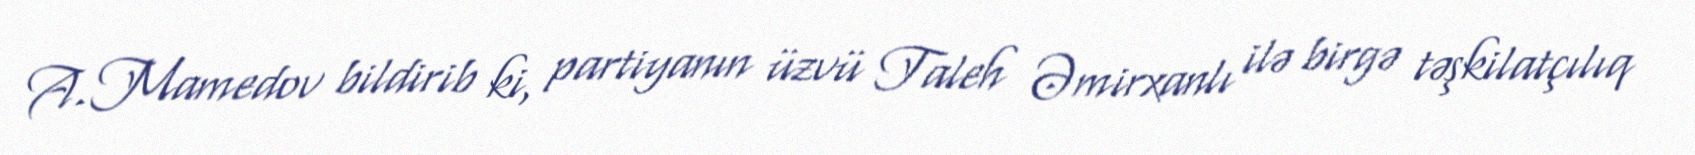
A.Mamedov bildirib ki, partiyanın üzvü Taleh Əmirxanlı ilə birgə təşkilatçılıq